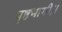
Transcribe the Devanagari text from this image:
पृष्ठभागी।।